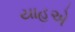
યાહૂએ